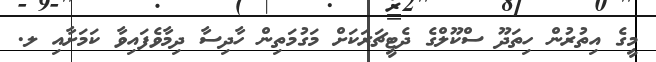
މީގެ އިތުުރުން ހިތަދޫ ސްކޫލްގެ ދެޓީޗަރަކަށް މަގުމަތިން ހާދިސާ ދިމާވެފައިވާ ކަމަށާއި ލ.